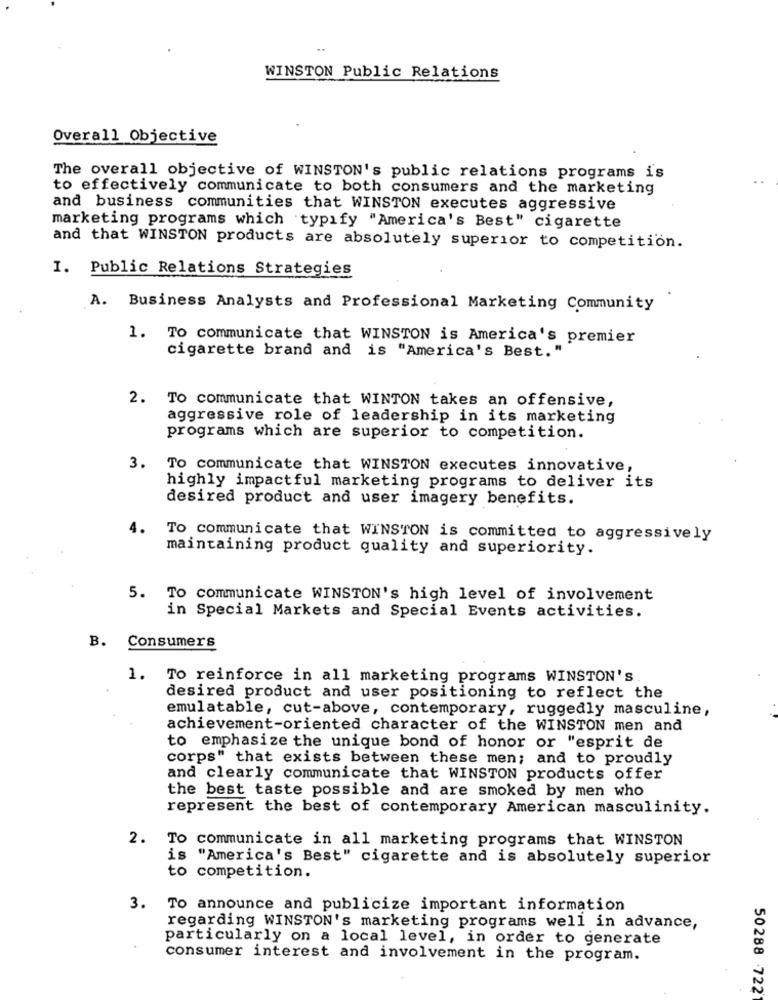
..
WINSTON Public Relations
Overall Objective
The overall objective of WINSTON's public relations programs is
to effectively communicate to both consumers and the marketing
and business communities that WINSTON executes aggressive
marketing programs which typify "America's Best" cigarette
and that WINSTON products are absolutely superior to competition.
I. Public Relations Strategies
A. Business Analysts and Professional Marketing Community
1. To communicate that WINSTON is America's premier
cigarette brand and is "America's Best. "
2. To communicate that WINTON takes an offensive,
aggressive role of leadership in its marketing
programs which are superior to competition.
3. To communicate that WINSTON executes innovative,
highly impactful marketing programs to deliver its
desired product and user imagery benefits.
4.
To communicate that WINSTON is committed to aggressively
maintaining product quality and superiority.
5. To communicate WINSTON's high level of involvement
in Special Markets and Special Events activities.
B. Consumers
1. To reinforce in all marketing programs WINSTON'S
desired product and user positioning to reflect the
emulatable, cut-above, contemporary, ruggedly masculine,
achievement-oriented character of the WINSTON men and
to emphasize the unique bond of honor or "esprit de
corps" that exists between these men; and to proudly
and clearly communicate that WINSTON products offer
the best taste possible and are smoked by men who
represent the best of contemporary American masculinity.
2.
To communicate in all marketing programs that WINSTON
is "America's Best" cigarette and is absolutely superior
to competition.
3. To announce and publicize important information
regarding WINSTON's marketing programs well in advance,
particularly on a local level, in order to generate
consumer interest and involvement in the program.
50288 7221